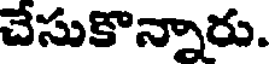
చేసుకొన్నారు.